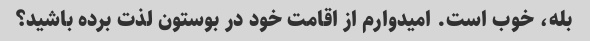
بله، خوب است. امیدوارم از اقامت خود در بوستون لذت برده باشید؟